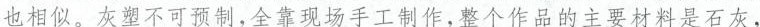
也相似。灰塑不可预制，全靠现场手工制作，整个作品的主要材是石灰，